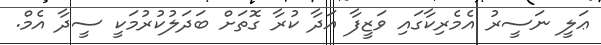
ޢަލީ ނަސީރު އެމެރިކާގައި ވަޒީފާ އަދާ ކުރާ ގޮތަށް ބަދަލުކުރުމަކީ ސީދާ އެމް.